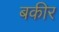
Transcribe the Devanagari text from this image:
बकीर